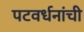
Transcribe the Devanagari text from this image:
पटवर्धनांची